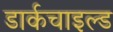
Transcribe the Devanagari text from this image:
डार्कचाइल्ड